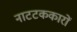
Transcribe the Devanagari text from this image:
नाटटककारों